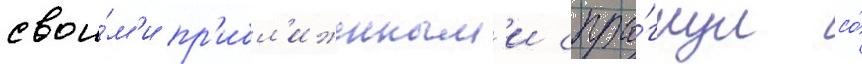
свои́м'и пр'ибл'иженным'и спры́гнул со́